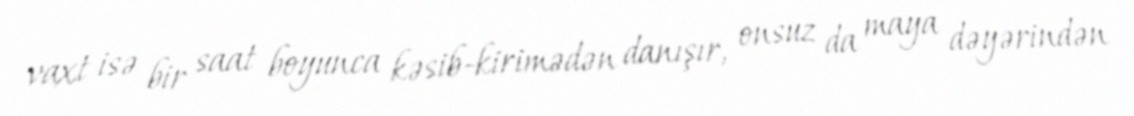
vaxt isə bir saat boyunca kəsib-kirimədən danışır, onsuz da maya dəyərindən